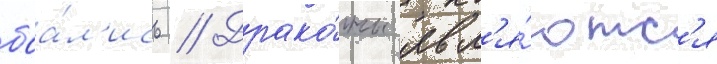
боа́л'ись // Драко́ны явл'я́ютс'я